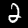
Digit: 2